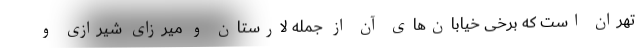
تهران است که برخی خیابان‌های آن از جمله لارستان و میرزای شیرازی و